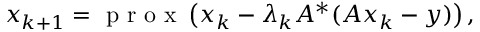
x _ { k + 1 } = \mathrm { ~ p ~ r ~ o ~ x ~ } \left( x _ { k } - \lambda _ { k } A ^ { * } ( A x _ { k } - y ) \right) ,